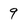
Character: 9